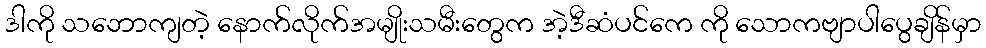
ဒါကို သဘောကျတဲ့ နောက်လိုက်အမျိုးသမီးတွေက အဲ့ဒီဆံပင်ကေ ကို သောကဗျာပါပွေချိန်မှာ